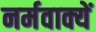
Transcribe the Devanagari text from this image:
नर्मवाक्यें